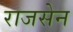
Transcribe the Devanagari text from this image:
राजसेन